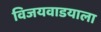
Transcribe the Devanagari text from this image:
विजयवाडयाला